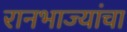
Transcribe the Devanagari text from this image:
रानभाज्यांचा